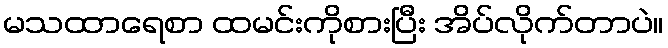
မသထာရေစာ ထမင်းကိုစားပြီး အိပ်လိုက်တာပဲ။